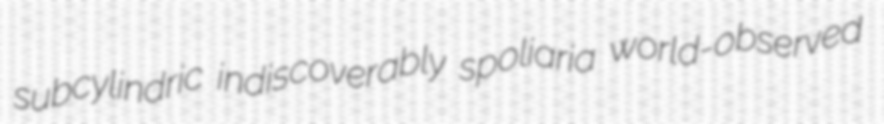
subcylindric indiscoverably spoliaria world-observed